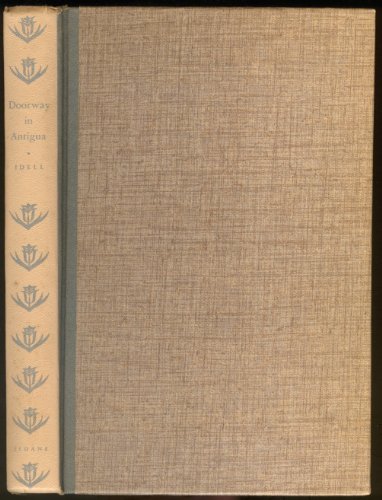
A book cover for Doorway in Antigua;: A sojourn in Guatemala; Albert E Idell; Travel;